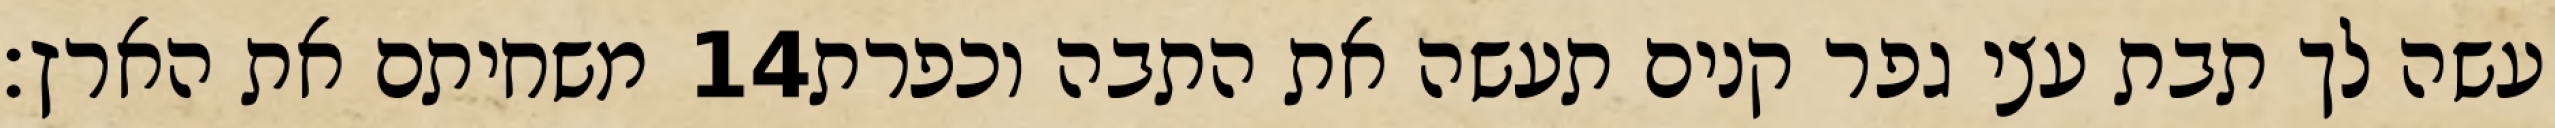
משחיתם את הארץ׃ ‎14‏ עשה לך תבת עצי גפר קנים תעשה את התבה וכפרת